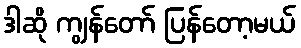
ဒါဆို ကျွန်တော် ပြန်တော့မယ်